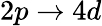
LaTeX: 2p\rightarrow 4d